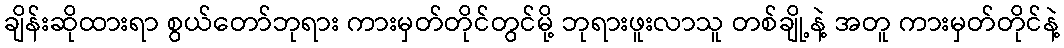
ချိန်းဆိုထားရာ စွယ်တော်ဘုရား ကားမှတ်တိုင်တွင်မို့ ဘုရားဖူးလာသူ တစ်ချို့နဲ့ အတူ ကားမှတ်တိုင်နဲ့